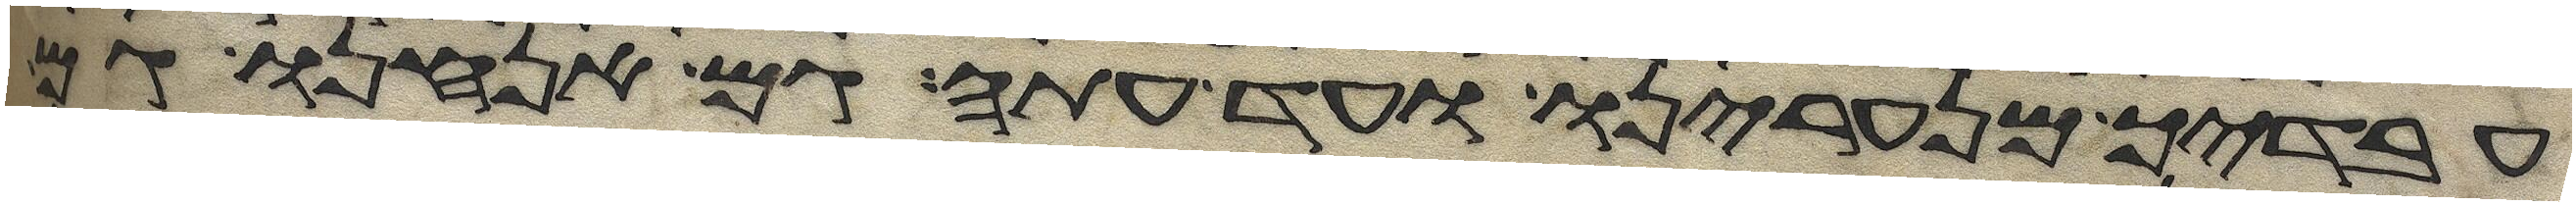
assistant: עבדיך מנערינו ועד עתה גם אנחנו גם